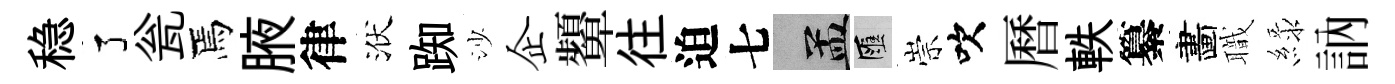
稳了瓮焉腋律洑踟沙企顰往迫七汴匯崇吹曆軼纂畵職緑訥